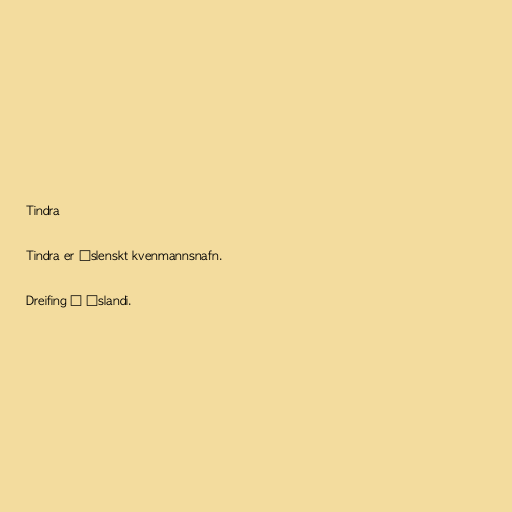
Tindra

Tindra er íslenskt kvenmannsnafn.

Dreifing á Íslandi.